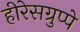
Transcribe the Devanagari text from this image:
हीरेसग्रुप्पे